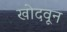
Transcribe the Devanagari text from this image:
खोदवून